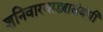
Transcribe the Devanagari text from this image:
शनिवारवाड्यासंबंधी